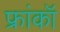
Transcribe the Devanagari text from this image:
फ्रांकॉ